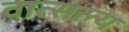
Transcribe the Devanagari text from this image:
वात्‍सल्‍य